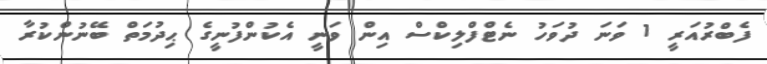
ފެބްރުއަރީ 1 ވަނަ ދުވަހު ނެޓްފްލިކްސް އިން ވަނީ އެކުންފުނީގެ ޙިދުމަތް ބޭނުންކުރާާ